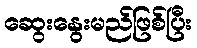
ဆွေးနွေးမည်ဖြစ်ပြီး